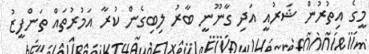
މީގެ އިތުރުން ޝަރުއީ އަދި ގާނޫނީ ބާރު ލިބިގެން ކުރާ އަމުރުތައް ތަންފީޒު